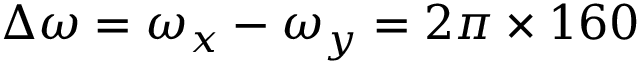
\Delta \omega = \omega _ { x } - \omega _ { y } = 2 \pi \times 1 6 0